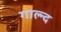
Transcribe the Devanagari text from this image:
गाल्न्द